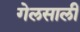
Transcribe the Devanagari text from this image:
गेलसालीं